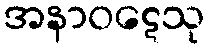
အနာဝဋေသု